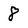
Character: 8